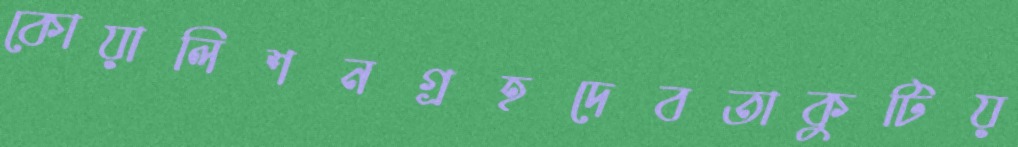
কোয়ালিশনগ্রহদেবতাকুটিয়